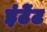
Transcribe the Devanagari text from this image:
इंटेंट